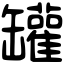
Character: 罐